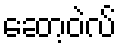
ဆော့ဝဲလ်